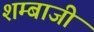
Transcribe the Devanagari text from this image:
शम्बाजी